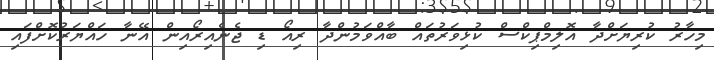
މިހާރު ކުރިޔަށްދާ އޮލިމްޕިކްސް ކުޅިވަރުތައް ބާއްވަމުންދާ ރިއޯ ޑި ޖެނެއިރޯއިން އޭނާ ހައްޔަރުކޮށްފައި